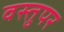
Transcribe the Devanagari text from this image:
वस्तुपर